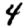
Digit: 4